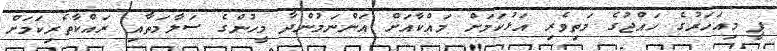
ޕީ މިއަހަރުގެ ހައްޖުގެ މަތިވެރި އަޅުކަމަށް މައްކާއަށް އަންނަމުންދާ މީހުންގެ ސަލާމަތާއި ރައްކާތެރިކަމަށް